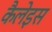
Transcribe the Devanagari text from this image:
कैलेइस